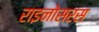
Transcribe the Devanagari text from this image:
राइनोसरस